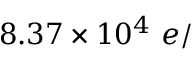
8 . 3 7 \times 1 0 ^ { 4 } ~ e /